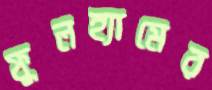
ফুলহ্যামের